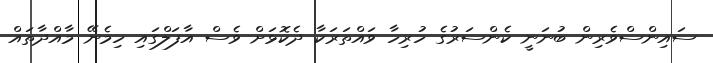
ސައިންސްވެރިން ބުނަނީ ކެންސަރުގެ ހުރިހާ ވައްތަރަކާ ދެކޮޅަށް ވެސް އާފަލްގައި ހިމެނޭ މާއްދާތައް